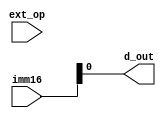
`timescale 1ns/1ps

module extender #(parameter WIDTH = 1)(imm16, ext_op, d_out);

input [(WIDTH/2)-1:0] imm16;
input ext_op;

output reg [WIDTH-1:0] d_out;

wire [(WIDTH/2)-1:0] imm16_up;
wire temp;

assign temp = imm16[15] & ext_op;
assign imm16_up = {16{temp}};

always @* begin
	d_out = {imm16_up, imm16};
end
endmodule